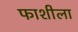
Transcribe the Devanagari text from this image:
फाशीला